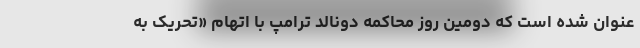
عنوان شده است که دومین روز محاکمه دونالد ترامپ با اتهام «تحریک به